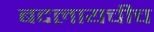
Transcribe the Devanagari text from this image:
बदलायचीच